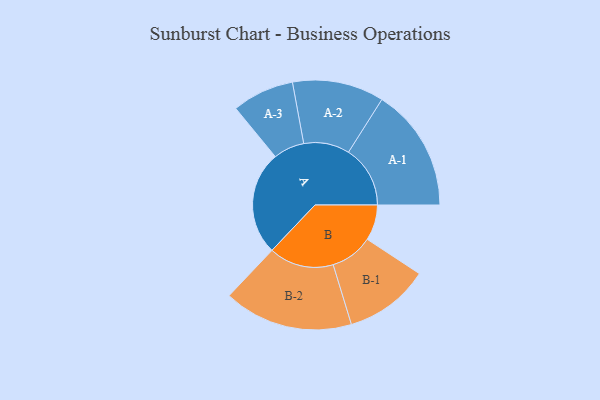
{"axis": {"x": "Segment", "y": "Value"}, "legend": ["", "A", "B"], "data": [{"x": "A", "y": 379, "type": ""}, {"x": "B", "y": 130, "type": ""}, {"x": "A-1", "y": 225, "type": "A"}, {"x": "A-2", "y": 167, "type": "A"}, {"x": "A-3", "y": 113, "type": "A"}, {"x": "B-1", "y": 155, "type": "B"}, {"x": "B-2", "y": 236, "type": "B"}]}